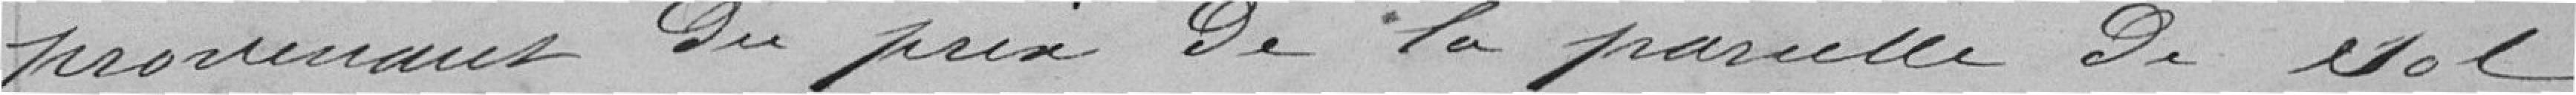
provenant du prix de la parcelle de sol